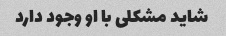
شاید مشکلی با او وجود دارد